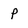
Character: p